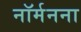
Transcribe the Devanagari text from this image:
नॉर्मनना